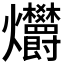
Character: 𤓭